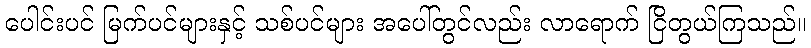
ပေါင်းပင် မြက်ပင်များနှင့် သစ်ပင်များ အပေါ်တွင်လည်း လာရောက် ငြိတွယ်ကြသည်။